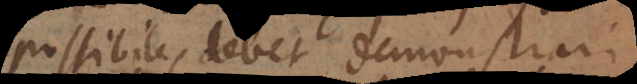
possibile, debet demonstrari